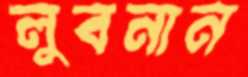
লুবনান